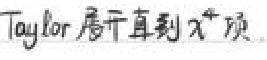
Taylor 展开直到 \(x^{4}\) 项